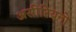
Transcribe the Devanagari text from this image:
असीरियनों